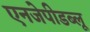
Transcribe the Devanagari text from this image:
एनजेपीडब्लू